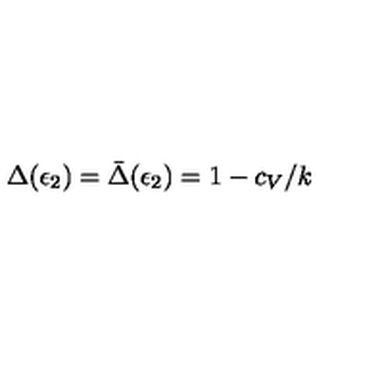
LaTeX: \Delta ( \epsilon _ { 2 } ) = \bar { \Delta } ( \epsilon _ { 2 } ) = 1 - c _ { V } / k